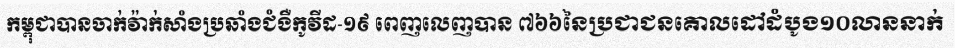
កម្ពុជាបានចាក់វ៉ាក់សាំងប្រឆាំងជំងឺកូវីដ-១៩ ពេញលេញបាន ៧៦៦នៃប្រជាជនគោលដៅដំបូង១០លាននាក់